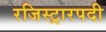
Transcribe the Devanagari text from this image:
रजिस्ट्रारपदी